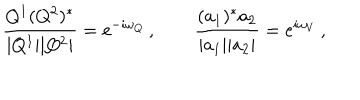
LaTeX: \frac { Q ^ { 1 } ( Q ^ { 2 } ) ^ { * } } { | Q ^ { 1 } | | Q ^ { 2 } | } = \mathrm { e } ^ { - i \omega _ { Q } } \, , \qquad \frac { ( a _ { 1 } ) ^ { * } a _ { 2 } } { | a _ { 1 } | | a _ { 2 } | } = \mathrm { e } ^ { i \omega _ { V } } \, ,